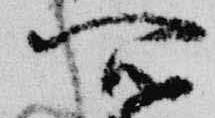
所